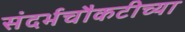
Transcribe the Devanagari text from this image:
संदर्भचौकटीच्या